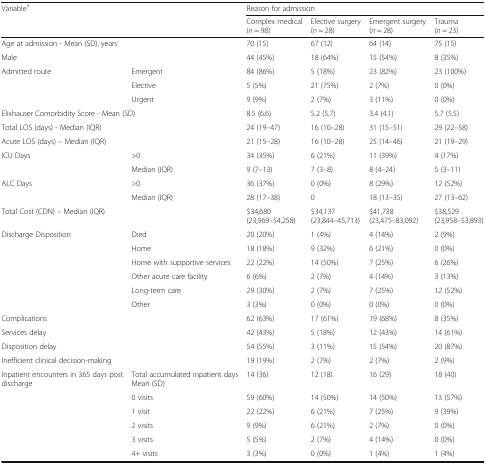
<table><thead><tr><td rowspan="2" colspan="2"><b>Variable<sup>a</sup></b></td><td colspan="4"><b>Reason for admission</b></td></tr><tr><td><b>Complex medical (<i>n</i> = 98)</b></td><td><b>Elective surgery (<i>n</i> = 28)</b></td><td><b>Emergent surgery (<i>n</i> = 28)</b></td><td><b>Trauma (<i>n</i> = 23)</b></td></tr></thead><tbody><tr><td colspan="2">Age at admission - Mean (SD), years</td><td>70 (15)</td><td>67 (12)</td><td>64 (14)</td><td>75 (15)</td></tr><tr><td colspan="2">Male</td><td>44 (45%)</td><td>18 (64%)</td><td>15 (54%)</td><td>8 (35%)</td></tr><tr><td rowspan="3">Admitted route</td><td>Emergent</td><td>84 (86%)</td><td>5 (18%)</td><td>23 (82%)</td><td>23 (100%)</td></tr><tr><td>Elective</td><td>5 (5%)</td><td>21 (75%)</td><td>2 (7%)</td><td>0 (0%)</td></tr><tr><td>Urgent</td><td>9 (9%)</td><td>2 (7%)</td><td>3 (11%)</td><td>0 (0%)</td></tr><tr><td colspan="2">Elixhauser Comorbidity Score - Mean (SD)</td><td>8.5 (6.6)</td><td>5.2 (5.7)</td><td>3.4 (4.1)</td><td>5.7 (5.5)</td></tr><tr><td colspan="2">Total LOS (days) - Median (IQR)</td><td>24 (19–47)</td><td>16 (10–28)</td><td>31 (15–51)</td><td>29 (22–58)</td></tr><tr><td colspan="2">Acute LOS (days) – Median (IQR)</td><td>21 (15–28)</td><td>16 (10–28)</td><td>25 (14–46)</td><td>21 (19–29)</td></tr><tr><td rowspan="2">ICU Days</td><td>&gt;0</td><td>34 (35%)</td><td>6 (21%)</td><td>11 (39%)</td><td>4 (17%)</td></tr><tr><td>Median (IQR)</td><td>9 (7–13)</td><td>7 (3–8)</td><td>8 (4–24)</td><td>5 (3–11)</td></tr><tr><td rowspan="2">ALC Days</td><td>&gt;0</td><td>36 (37%)</td><td>0 (0%)</td><td>8 (29%)</td><td>12 (52%)</td></tr><tr><td>Median (IQR)</td><td>28 (17–38)</td><td>0</td><td>18 (13–35)</td><td>27 (13–62)</td></tr><tr><td colspan="2">Total Cost (CDN) – Median (IQR)</td><td>$34,680 (23,969–54,258)</td><td>$34,137 (23,844–45,713)</td><td>$41,738 (23,475–83,092)</td><td>$38,529 (23,958–53,893)</td></tr><tr><td rowspan="6">Discharge Disposition</td><td>Died</td><td>20 (20%)</td><td>1 (4%)</td><td>4 (14%)</td><td>2 (9%)</td></tr><tr><td>Home</td><td>18 (18%)</td><td>9 (32%)</td><td>6 (21%)</td><td>0 (0%)</td></tr><tr><td>Home with supportive services</td><td>22 (22%)</td><td>14 (50%)</td><td>7 (25%)</td><td>6 (26%)</td></tr><tr><td>Other acute care facility</td><td>6 (6%)</td><td>2 (7%)</td><td>4 (14%)</td><td>3 (13%)</td></tr><tr><td>Long-term care</td><td>29 (30%)</td><td>2 (7%)</td><td>7 (25%)</td><td>12 (52%)</td></tr><tr><td>Other</td><td>3 (3%)</td><td>0 (0%)</td><td>0 (0%)</td><td>0 (0%)</td></tr><tr><td colspan="2">Complications</td><td>62 (63%)</td><td>17 (61%)</td><td>19 (68%)</td><td>8 (35%)</td></tr><tr><td colspan="2">Services delay</td><td>42 (43%)</td><td>5 (18%)</td><td>12 (43%)</td><td>14 (61%)</td></tr><tr><td colspan="2">Disposition delay</td><td>54 (55%)</td><td>3 (11%)</td><td>15 (54%)</td><td>20 (87%)</td></tr><tr><td colspan="2">Inefficient clinical decision-making</td><td>19 (19%)</td><td>2 (7%)</td><td>2 (7%)</td><td>2 (9%)</td></tr><tr><td rowspan="6">Inpatient encounters in 365 days post discharge</td><td>Total accumulated inpatient days Mean (SD)</td><td>14 (36)</td><td>12 (18)</td><td>16 (29)</td><td>18 (40)</td></tr><tr><td>0 visits</td><td>59 (60%)</td><td>14 (50%)</td><td>14 (50%)</td><td>13 (57%)</td></tr><tr><td>1 visit</td><td>22 (22%)</td><td>6 (21%)</td><td>7 (25%)</td><td>9 (39%)</td></tr><tr><td>2 visits</td><td>9 (9%)</td><td>6 (21%)</td><td>2 (7%)</td><td>0 (0%)</td></tr><tr><td>3 visits</td><td>5 (5%)</td><td>2 (7%)</td><td>4 (14%)</td><td>0 (0%)</td></tr><tr><td>4+ visits</td><td>3 (3%)</td><td>0 (0%)</td><td>1 (4%)</td><td>1 (4%)</td></tr></tbody></table>